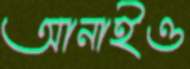
আনাইও